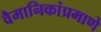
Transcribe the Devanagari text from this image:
वैमानिकांप्रमाणे